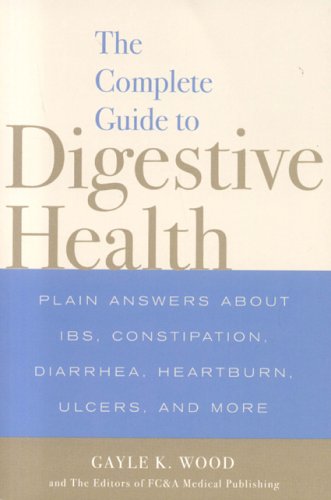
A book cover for The Complete Guide to Digestive Health: Plain Answers About IBS, Constipation, Diarrhea, Heartburn, Ulcers, and More; Gayle K. Wood; Health, Fitness & Dieting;